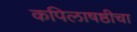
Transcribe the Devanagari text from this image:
कपिलाषष्ठीचा